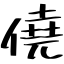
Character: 僥